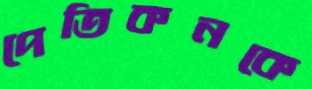
পেতিকনকে